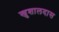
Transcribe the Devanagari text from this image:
खुशालदास